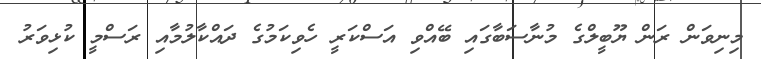
މިނިވަން ރަން ޔޫބީލްގެ މުނާސަބާގައި ބޭއްވި އަސްކަރީ ހެވިކަމުގެ ދައްކާލުމާއި ރަސްމީ ކުޅިވަރު